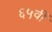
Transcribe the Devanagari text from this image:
६५वीं